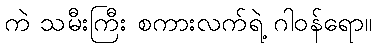
ကဲ သမီးကြီး စကားလက်ရဲ့ ဂါဝန်ရော။